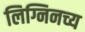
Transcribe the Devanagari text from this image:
लिग्निनच्य